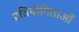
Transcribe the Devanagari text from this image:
प्रतियोगिताओँ